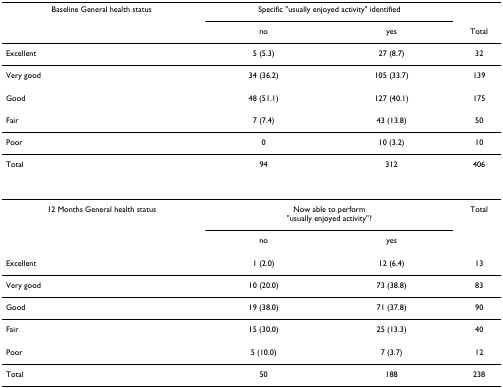
| Baseline General health status | <COLSPAN=2> Specific "usually enjoyed activity" identified |  |
 |  | no | yes | Total |
 | --- | --- | --- | --- |
 | Excellent | 5 (5.3) | 27 (8.7) | 32 |
 | Very good | 34 (36.2) | 105 (33.7) | 139 |
 | Good | 48 (51.1) | 127 (40.1) | 175 |
 | Fair | 7 (7.4) | 43 (13.8) | 50 |
 | Poor | 0 | 10 (3.2) | 10 |
 | Total | 94 | 312 | 406 |
 | 12 Months General health status | <COLSPAN=2> Now able to perform"usually enjoyed activity"? | Total |
 |  | no | yes |  |
 | Excellent | 1 (2.0) | 12 (6.4) | 13 |
 | Very good | 10 (20.0) | 73 (38.8) | 83 |
 | Good | 19 (38.0) | 71 (37.8) | 90 |
 | Fair | 15 (30.0) | 25 (13.3) | 40 |
 | Poor | 5 (10.0) | 7 (3.7) | 12 |
 | Total | 50 | 188 | 238 |